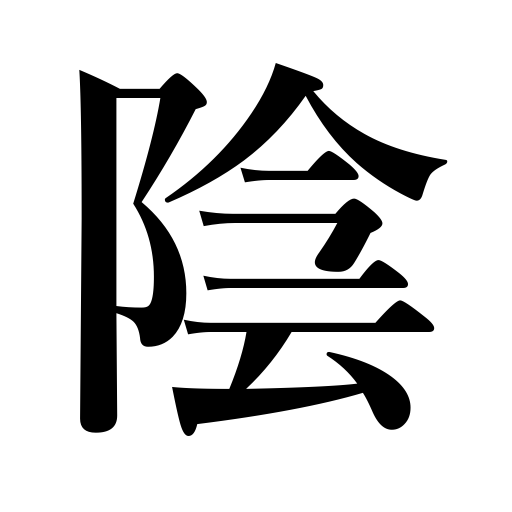
Meanings: darken,shadow,moon,negative electrode,bottom,sex organs,secret,be obscured,melancholy,north side of a mountain,back,inactivity,south side of a river,your assistance,negative,nighttime,cloud up,shade,the yin principle,earth